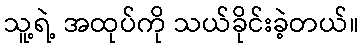
သူ့ရဲ့ အထုပ်ကို သယ်ခိုင်းခဲ့တယ်။